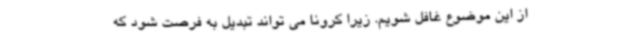
از این موضوع غافل شویم. زیرا کرونا می تواند تبدیل به فرصت شود که